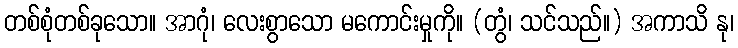
တစ်စုံတစ်ခုသော။ အာဂုံ၊ လေးစွာသော မကောင်းမှုကို။ (တွံ၊ သင်သည်။) အကာသိ နု၊